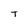
Character: T